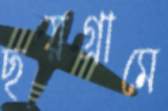
ছয়গ্রামে